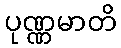
ပုဏ္ဏမာတိ